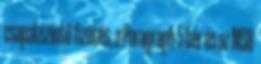
csapatszintű fizetés, a Paragraph 5 bér és az MSB